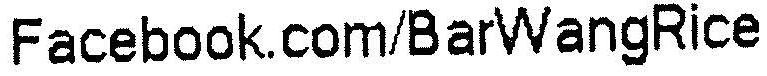
FACEBOOK.COM/BARWANGRICE